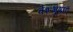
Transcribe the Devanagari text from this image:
वेशभूषाएँ